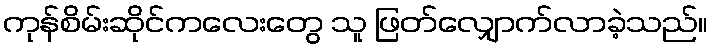
ကုန်စိမ်းဆိုင်ကလေးတွေ သူ ဖြတ်လျှောက်လာခဲ့သည်။